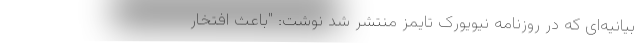
بیانیه‌ای که در روزنامه نیویورک تایمز منتشر شد نوشت: "باعث افتخار